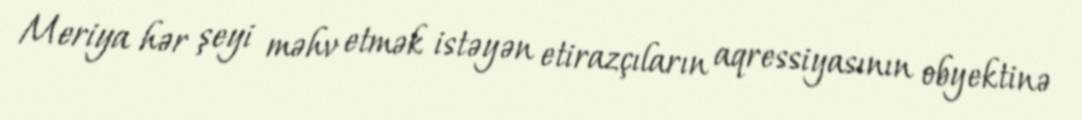
Meriya hər şeyi məhv etmək istəyən etirazçıların aqressiyasının obyektinə